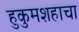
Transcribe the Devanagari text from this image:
हुकुमशहाचा